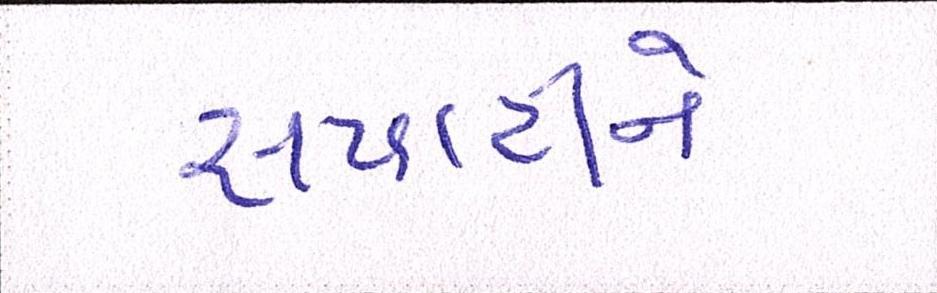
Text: સપાટીને